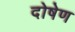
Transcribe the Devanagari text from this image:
दोषेण